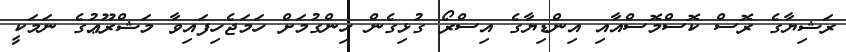
ރަޝިޔާގެ ރޮސް ކޮސްމޮސްއާއި އިންޑިޔާގެ އިސްރޯ ގުޅިގެން ހިންގުމަށް ހަމަޖެހިފައިވާ މަޝްރޫޢުގެ ނަމަކީ